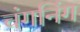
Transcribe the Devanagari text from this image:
चंगनिंग